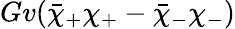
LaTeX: Gv(\bar{\chi}_{+}\chi_{+}-\bar{\chi}_{-}\chi_{-})